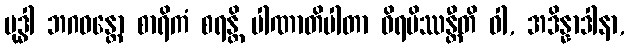
ဗုဒ္ဓါ ဘဂဝန္တော စာရိကံ စရန္တိ ပါဏာတိပါတာ ဝိရမိဿန္တီတိ ဝါ, အဒိန္နာဒါနာ,